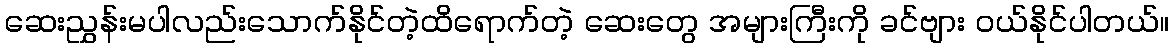
ဆေးညွှန်းမပါလည်းသောက်နိုင်တဲ့ထိရောက်တဲ့ ဆေးတွေ အများကြီးကို ခင်ဗျား ဝယ်နိုင်ပါတယ်။